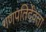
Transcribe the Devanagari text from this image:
गणपतिर्देवता